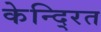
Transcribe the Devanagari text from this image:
केन्दि्रत